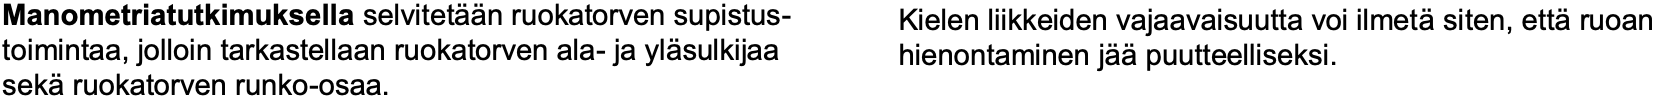
Manometriatutkimuksellaselvitetään ruokatorven supistus- Kielen liikkeiden vajaavaisuutta voi ilmetäsiten, ettäruoan toimintaa, jolloin tarkastellaan ruokatorven ala-ja yläsulkijaa hienontaminen jääpuutteelliseksi. sekäruokatorven runko-osaa.